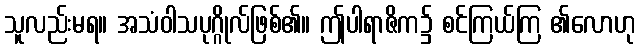
သူလည်းမရ။ အသံဝါသပုဂ္ဂိုလ်ဖြစ်၏။ ဤပါရာဇိက၌ စင်ကြယ်ကြ ၏လောဟု